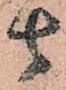
由